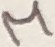
Text: M